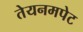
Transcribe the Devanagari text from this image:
तेयनमपेट